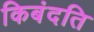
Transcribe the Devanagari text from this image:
किबंदति